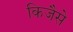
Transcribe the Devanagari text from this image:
किजैसे